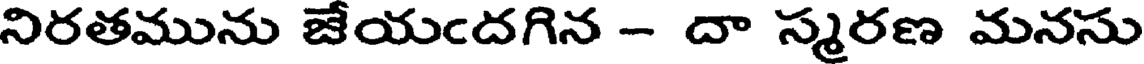
నిరతమును జేయందగిన - దా స్మరణ మనసు